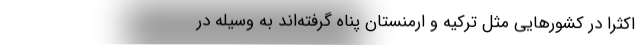
اکثرا در کشورهایی مثل ترکیه و ارمنستان پناه گرفته‌اند به وسیله در